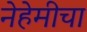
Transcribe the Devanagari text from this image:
नेहेमीचा